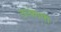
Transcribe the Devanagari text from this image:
उत्क्रामी